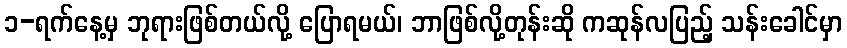
၁-ရက်နေ့မှ ဘုရားဖြစ်တယ်လို့ ပြောရမယ်၊ ဘာဖြစ်လို့တုန်းဆို ကဆုန်လပြည့် သန်းခေါင်မှာ